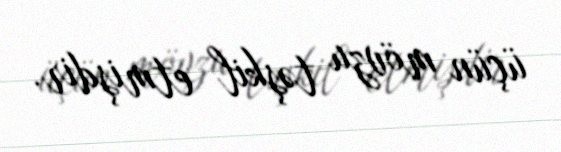
üçün mövzu təşkil etmişdir.